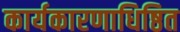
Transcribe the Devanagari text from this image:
कार्यकारणाधिष्ठित